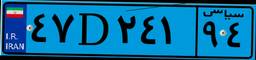
۶۹D۰۷۴۵۷